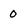
Character: 0